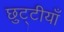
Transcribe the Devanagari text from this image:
छुट्टीयाँ